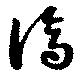
済